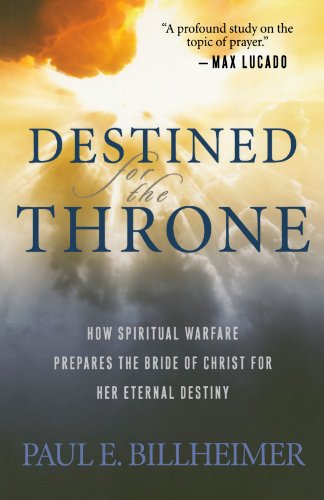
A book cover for Destined for the Throne: How Spiritual Warfare Prepares the Bride of Christ for Her Eternal Destiny; Paul E. Billheimer; Christian Books & Bibles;